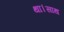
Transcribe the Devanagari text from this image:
था।साथ